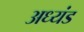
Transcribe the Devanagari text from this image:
अध्यंड